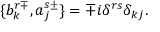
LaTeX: \{ b _ { k } ^ { r \mp } , a _ { j } ^ { s \pm } \} = \mp i \delta ^ { r s } \delta _ { k j } .